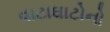
વાટાઘાટોનો